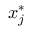
\boldsymbol { x } _ { j } ^ { * }